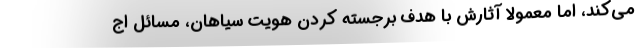
می‌کند، اما معمولا آثارش با هدف برجسته کردن هویت سیاهان، مسائل اج